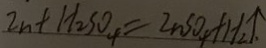
z n + H _ { 2 } S O _ { 4 } = Z n S O _ { 4 } + H _ { 2 } \uparrow .